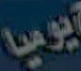
يوميا